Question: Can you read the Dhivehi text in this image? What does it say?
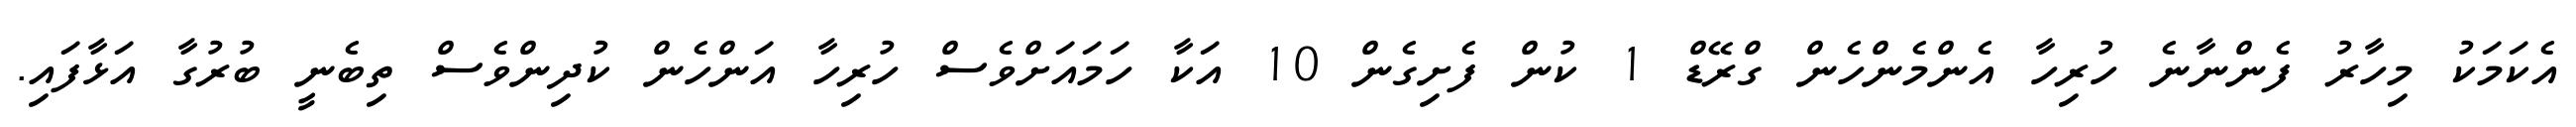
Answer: އެކަމަކު މިހާރު ފެންނާނެ ހުރިހާ އެންމެންހެން ގްރޭޑް 1 ކުން ފެށިގެން 10 އަކާ ހަމައަށްވެސް ހުރިހާ އަންހެން ކުދިންވެސް ތިބެނީ ބުރުގާ އަޅާފައި.